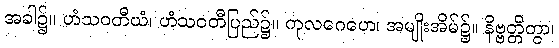
အခါ၌။ ဟံသဝတီယံ၊ ဟံသဝတီပြည်၌။ ကုလဂေဟေ၊ အမျိုးအိမ်၌။ နိဗ္ဗတ္တိတွာ၊